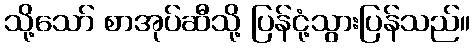
သို့သော် စာအုပ်ဆီသို့ ပြန်ငုံ့သွားပြန်သည်။